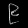
Digit: ၉